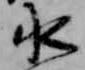
水